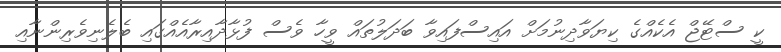
ކީ ސްޓޭޖް އެކެއްގެ ކިޔަވާދިނުމަށް އައިސްފައިވާ ބަދަލުތައް ވީހާ ވެސް ފުޅާދާއިރާއެއްގައި ބެލެނިވެރިންނާއި